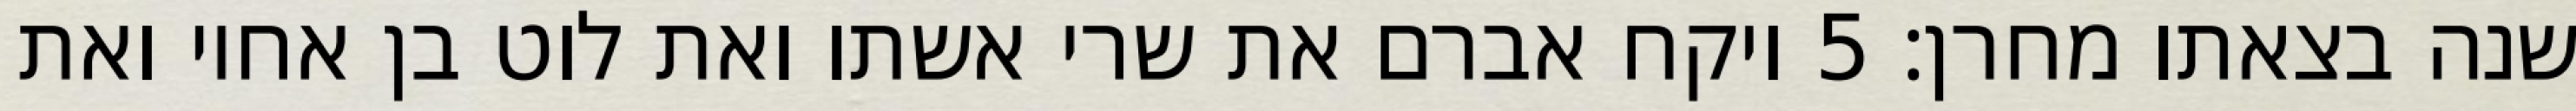
שנה בצאתו מחרן׃ ‎5‏ ויקח אברם את שרי אשתו ואת לוט בן אחיו ואת